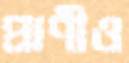
প্রাণীও